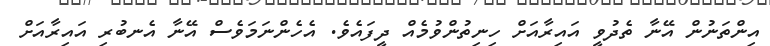
އިންތަނުން އޭނާ ތެދުވީ އައިރާއަށް ހިނިތުންވުމެއް ދީފައެވެ. އެހެންނަމަވެސް އޭނާ އެނބުރި އައިރާއަށް